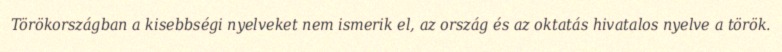
Törökországban a kisebbségi nyelveket nem ismerik el, az ország és az oktatás hivatalos nyelve a török.